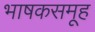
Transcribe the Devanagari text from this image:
भाषकसमूह